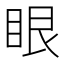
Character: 眼